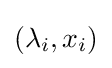
(\lambda _{i},x_{i})